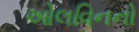
ઓલવિનનો